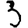
Digit: 3